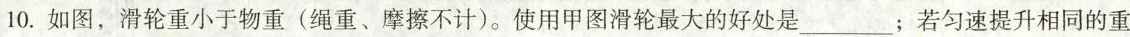
10.如图，滑轮重小于物重(绳重、摩擦不计)。使用甲图滑轮最大的好处是___；若匀速提升相同的重